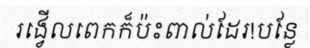
រង្វើលពេកក៏ប៉ះពាល់ដែរ!បន្លែ